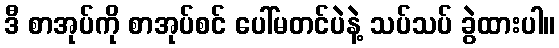
ဒီ စာအုပ်ကို စာအုပ်စင် ပေါ်မတင်ပဲနဲ့ သပ်သပ် ခွဲထားပါ။